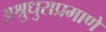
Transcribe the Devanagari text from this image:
अश्रुधुराप्रमाणे